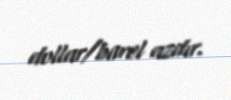
dollar/barel azdır.